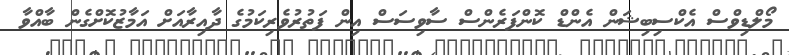
މޯލްޑިވްސް އެކްސިބިޝަން އެންޑް ކޮންފަރެންސް ސާވިސަސް އިން ފަތުރުވެރިކަމުގެ ދާއިރާއަށް އަމާޒުކޮށްގެން ބާއްވާ